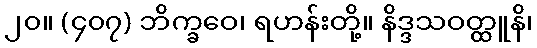
၂၀။ (၄၀၇) ဘိက္ခဝေ၊ ရဟန်းတို့။ နိဒ္ဒသဝတ္ထူနိ၊